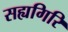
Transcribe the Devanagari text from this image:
सह्यगिरि